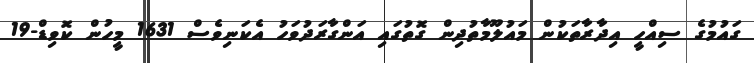
ގައުމުގެ ސިއްހީ އިދާރާތަކުން މައުލޫމާތުދިން ގޮތުގައި އަންގާރަދުވަހު އެކަނިވެސް 1631 މީހުން ކޮވިޑް-19